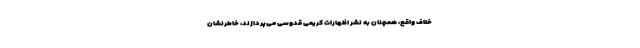
خلاف واقع، همچنان به نشر اظهارات کریمی قدوسی می‌پردازند، خاطرنشان